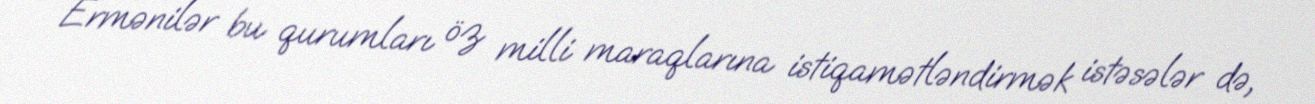
Ermənilər bu qurumları öz milli maraqlarına istiqamətləndirmək istəsələr də,